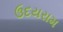
ઉદયરામ